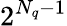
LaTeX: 2^{N_{q}-1}